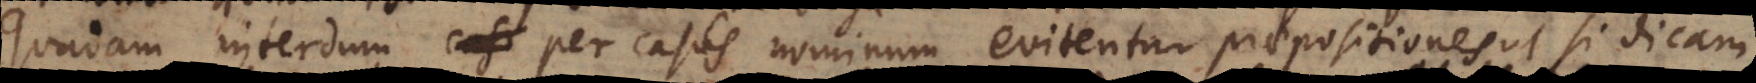
quadam interdum per casus nominum evitentur praepositiones, ut si dicam